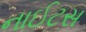
નાઈટસ